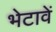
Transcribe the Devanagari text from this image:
भेटावें